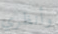
وأنظري